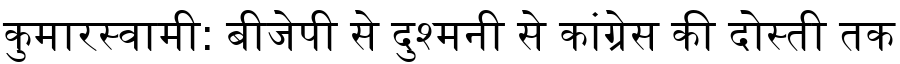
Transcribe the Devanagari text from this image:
कुमारस्वामी: बीजेपी से दुश्मनी से कांग्रेस की दोस्ती तक